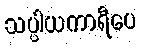
သပ္ပါယကာရီပေ